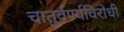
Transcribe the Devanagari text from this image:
चातुर्वर्ण्यविरोधी